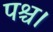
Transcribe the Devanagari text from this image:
पश्च।